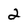
Character: 2